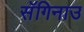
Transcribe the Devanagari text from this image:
सॅगिनाउ